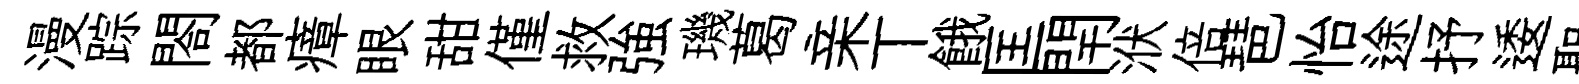
漫踪閤都瘴眼甜僅救強璣葛亲丅餓匡閈洑倍琶怡途抒逶聖